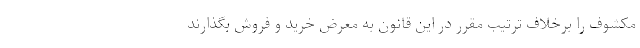
مکشوف را برخلاف ترتیب مقرر در این قانون به معرض خرید و فروش بگذارند